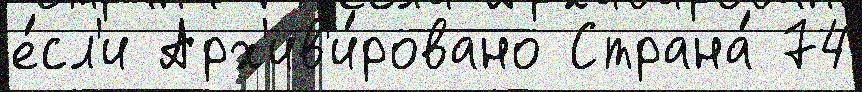
е́сл'и Арх'ив'и́ровано Страна́ 74